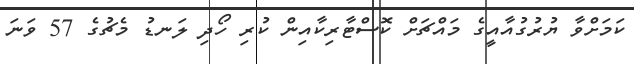
ކަމަށްވާ ޔުރުގުއާއީގެ މައްޗަށް ކޮސްޓާރިކާއިން ކުރި ހޯދި ލަނޑު މެޗުގެ 57 ވަނަ